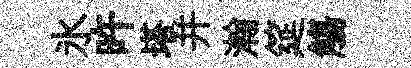
氷旿塔并瀚筵觴